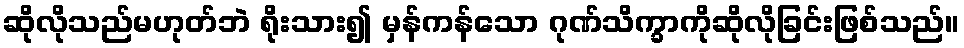
ဆိုလိုသည်မဟုတ်ဘဲ ရိုးသား၍ မှန်ကန်သော ဂုဏ်သိက္ခာကိုဆိုလိုခြင်းဖြစ်သည်။